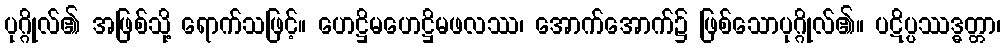
ပုဂ္ဂိုလ်၏ အဖြစ်သို့ ရောက်သဖြင့်။ ဟေဋ္ဌိမဟေဋ္ဌိမဖလဿ၊ အောက်အောက်၌ ဖြစ်သောပုဂ္ဂိုလ်၏။ ပဋိပ္ပဿဒ္ဓတ္တာ၊